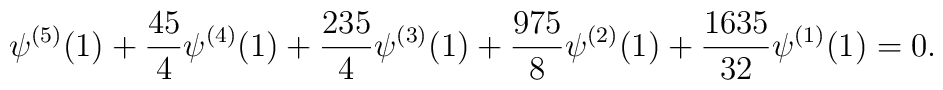
\psi^{(5)}(1)+\frac{45}{4}\psi^{(4)}(1)+\frac{235}{4}\psi^{(3)}(1)+\frac{975}{8}\psi^{(2)}(1)+\frac{1635}{32}\psi^{(1)}(1)=0.